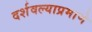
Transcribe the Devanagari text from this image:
दर्शवल्याप्रमाणे